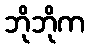
ဘိုဘိုက